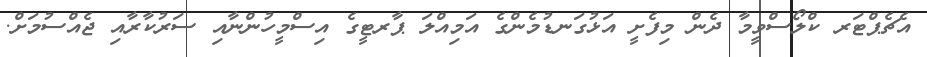
އެޗެޕްޓަރ ކްލޯސްވީމާ ދެން މިފެށީ އަޅުގަނޑުމެންގެ އަމިއްލަ ޕާރޓީގެ އިސްމީހުންނާއި ސަރުކާރާއި ޖެއްސުމަށް.